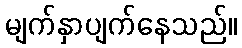
မျက်နှာပျက်နေသည်။